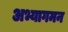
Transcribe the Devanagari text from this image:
अभ्यागमन